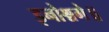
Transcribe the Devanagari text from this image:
इनोश्चगे॥